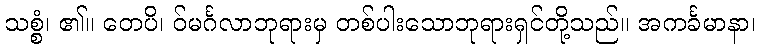
သစ္စံ၊ ၏။ တေပိ၊ ဝ်မင်္ဂလာဘုရားမှ တစ်ပါးသောဘုရားရှင်တို့သည်။ အကင်္ခမာနာ၊